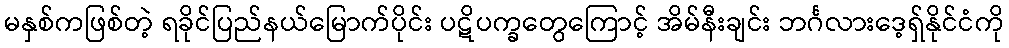
မနှစ်ကဖြစ်တဲ့ ရခိုင်ပြည်နယ်မြောက်ပိုင်း ပဋိပက္ခတွေကြောင့် အိမ်နီးချင်း ဘင်္ဂလားဒေ့ရ်ှနိုင်ငံကို